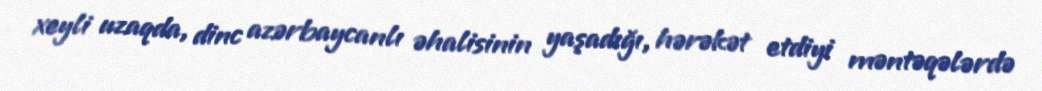
xeyli uzaqda, dinc azərbaycanlı əhalisinin yaşadığı, hərəkət etdiyi məntəqələrdə